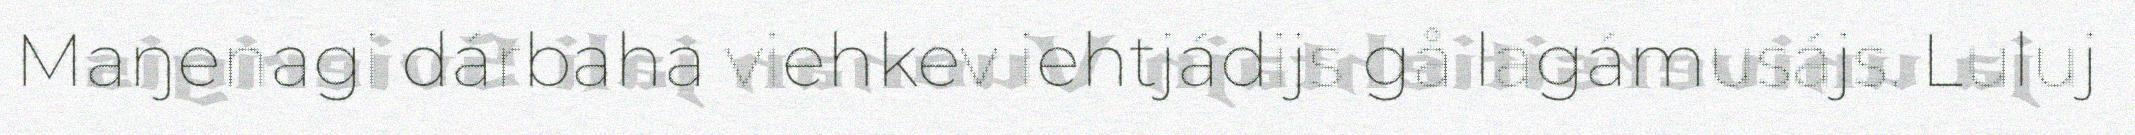
Maŋenagi dárbaha viehkev iehtjádijs gå lagámusájs. Luluj